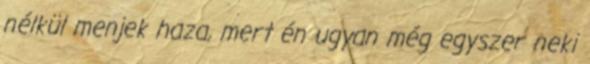
nélkül menjek haza, mert én ugyan még egyszer neki